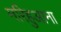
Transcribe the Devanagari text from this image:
मरिहुआना